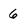
Character: 6